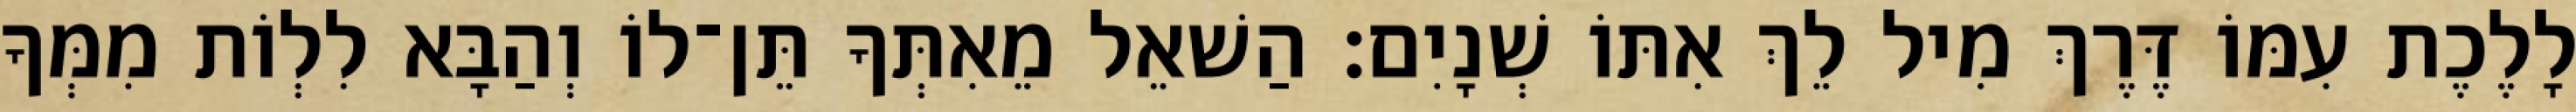
לָלֶכֶת עִמּוֹ דֶּרֶךְ מִיל לֵךְ אִתּוֹ שְׁנָיִם׃ הַשׁאֵל מֵאִתְּךָ תֵּן־לוֹ וְהַבָּא לִלְוֹת מִמְּךָ